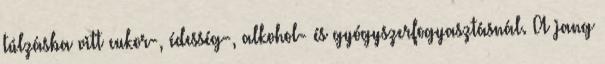
túlzásba vitt cukor-, édesség-, alkohol- és gyógyszerfogyasztásnál. A jang